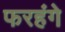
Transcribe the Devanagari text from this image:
फरहंगे